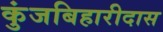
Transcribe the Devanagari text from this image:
कुंजबिहारीदास